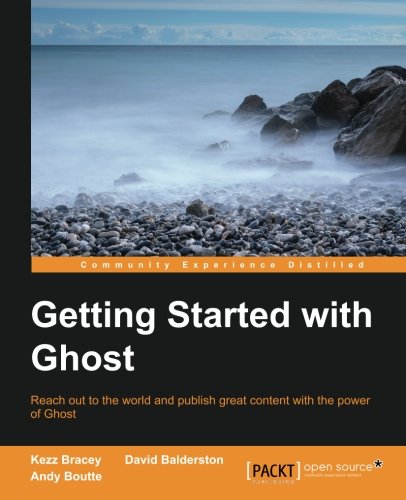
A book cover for Getting Started with Ghost; Kezz Bracey; Computers & Technology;